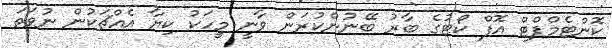
ކޮންޓެމްޕްޓް އޮފް ކޯޓުގެ ބާރު ބޭނުންކުރަން ވާނީ މީހަކު ކިޔާ އެއްޗަކުން ނުވަތަ